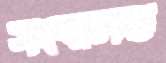
সংবলিত